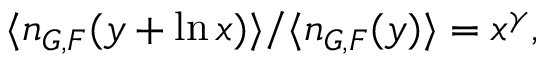
\langle n _ { G , F } ( y + \ln x ) \rangle / \langle n _ { G , F } ( y ) \rangle = x ^ { \gamma } ,